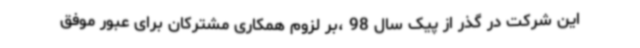
این شرکت در گذر از پیک سال 98 ،بر لزوم همکاری مشترکان برای عبور موفق